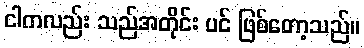
ငါကလည်း သည်အတိုင်း ပင် ဖြစ်တော့သည်။